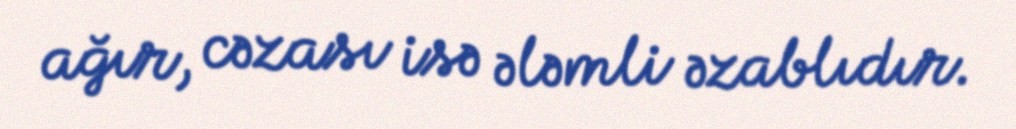
ağır, cəzası isə ələmli əzablıdır.